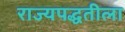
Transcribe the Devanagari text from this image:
राज्यपद्धतीला